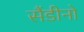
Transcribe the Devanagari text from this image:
सैंडीनो